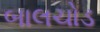
બાલચોડ